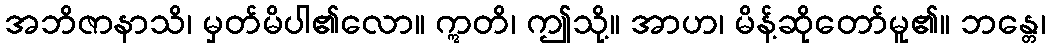
အဘိဇာနာသိ၊ မှတ်မိပါ၏လော။ ဣတိ၊ ဤသို့။ အာဟ၊ မိန့်ဆိုတော်မူ၏။ ဘန္တေ၊